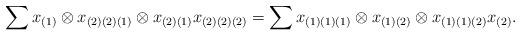
LaTeX: \begin{align*} \sum x_{(1)} \otimes x_{(2)(2)(1)} \otimes x_{(2)(1)} x_{(2)(2)(2)} = \sum x_{(1)(1)(1)} \otimes x_{(1)(2)} \otimes x_{(1)(1)(2)}x_{(2)}.\end{align*}